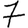
Digit: 7